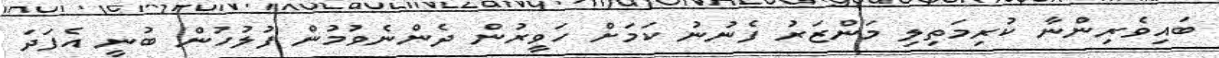
ބައިވެރިންނާ ކުރިމަތިލި މަންޒަރު ފެނުނު ކަމަށް ހަވީރުން ދެންނެވުމުން ފުލުހުން ބުނީ އެފަދަ